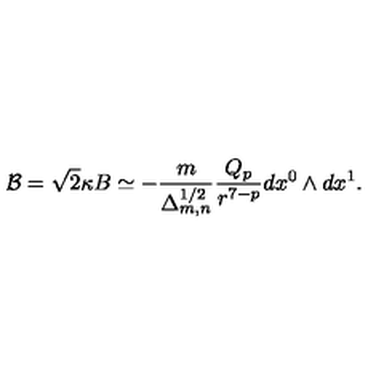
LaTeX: { \cal B } = \sqrt { 2 } \kappa B \simeq - \frac { m } { \Delta _ { m , n } ^ { 1 / 2 } } \frac { Q _ { p } } { r ^ { 7 - p } } d x ^ { 0 } \wedge d x ^ { 1 } .